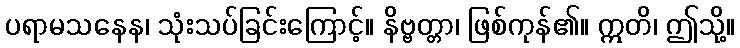
ပရာမသနေန၊ သုံးသပ်ခြင်းကြောင့်။ နိဗ္ဗတ္တာ၊ ဖြစ်ကုန်၏။ ဣတိ၊ ဤသို့။